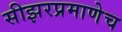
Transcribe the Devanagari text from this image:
सीझरप्रमाणेच